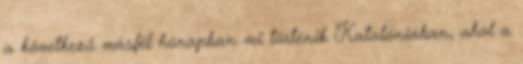
a következő másfél hónapban mi történik Katalóniában, ahol a